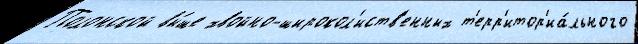
Полонской вы́ше хвойно-широкол'иств'енных т'ерр'итор'иа́льного